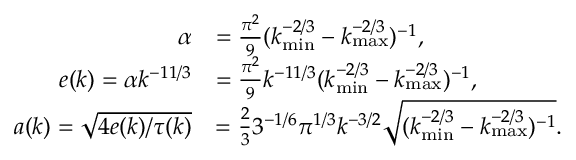
\begin{array} { r l } { \alpha } & { = \frac { \pi ^ { 2 } } { 9 } ( k _ { \mathrm { m i n } } ^ { - 2 / 3 } - k _ { \mathrm { m a x } } ^ { - 2 / 3 } ) ^ { - 1 } , } \\ { e ( k ) = \alpha k ^ { - 1 1 / 3 } } & { = \frac { \pi ^ { 2 } } { 9 } k ^ { - 1 1 / 3 } ( k _ { \mathrm { m i n } } ^ { - 2 / 3 } - k _ { \mathrm { m a x } } ^ { - 2 / 3 } ) ^ { - 1 } , } \\ { a ( k ) = \sqrt { 4 e ( k ) / \tau ( k ) } } & { = \frac { 2 } { 3 } 3 ^ { - 1 / 6 } \pi ^ { 1 / 3 } k ^ { - 3 / 2 } \sqrt { ( k _ { \mathrm { m i n } } ^ { - 2 / 3 } - k _ { \mathrm { m a x } } ^ { - 2 / 3 } ) ^ { - 1 } } . } \end{array}